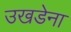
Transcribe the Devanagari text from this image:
उखडेना